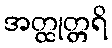
အတ္ထုတ္တရိ